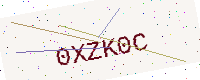
Text: 0XZK0C